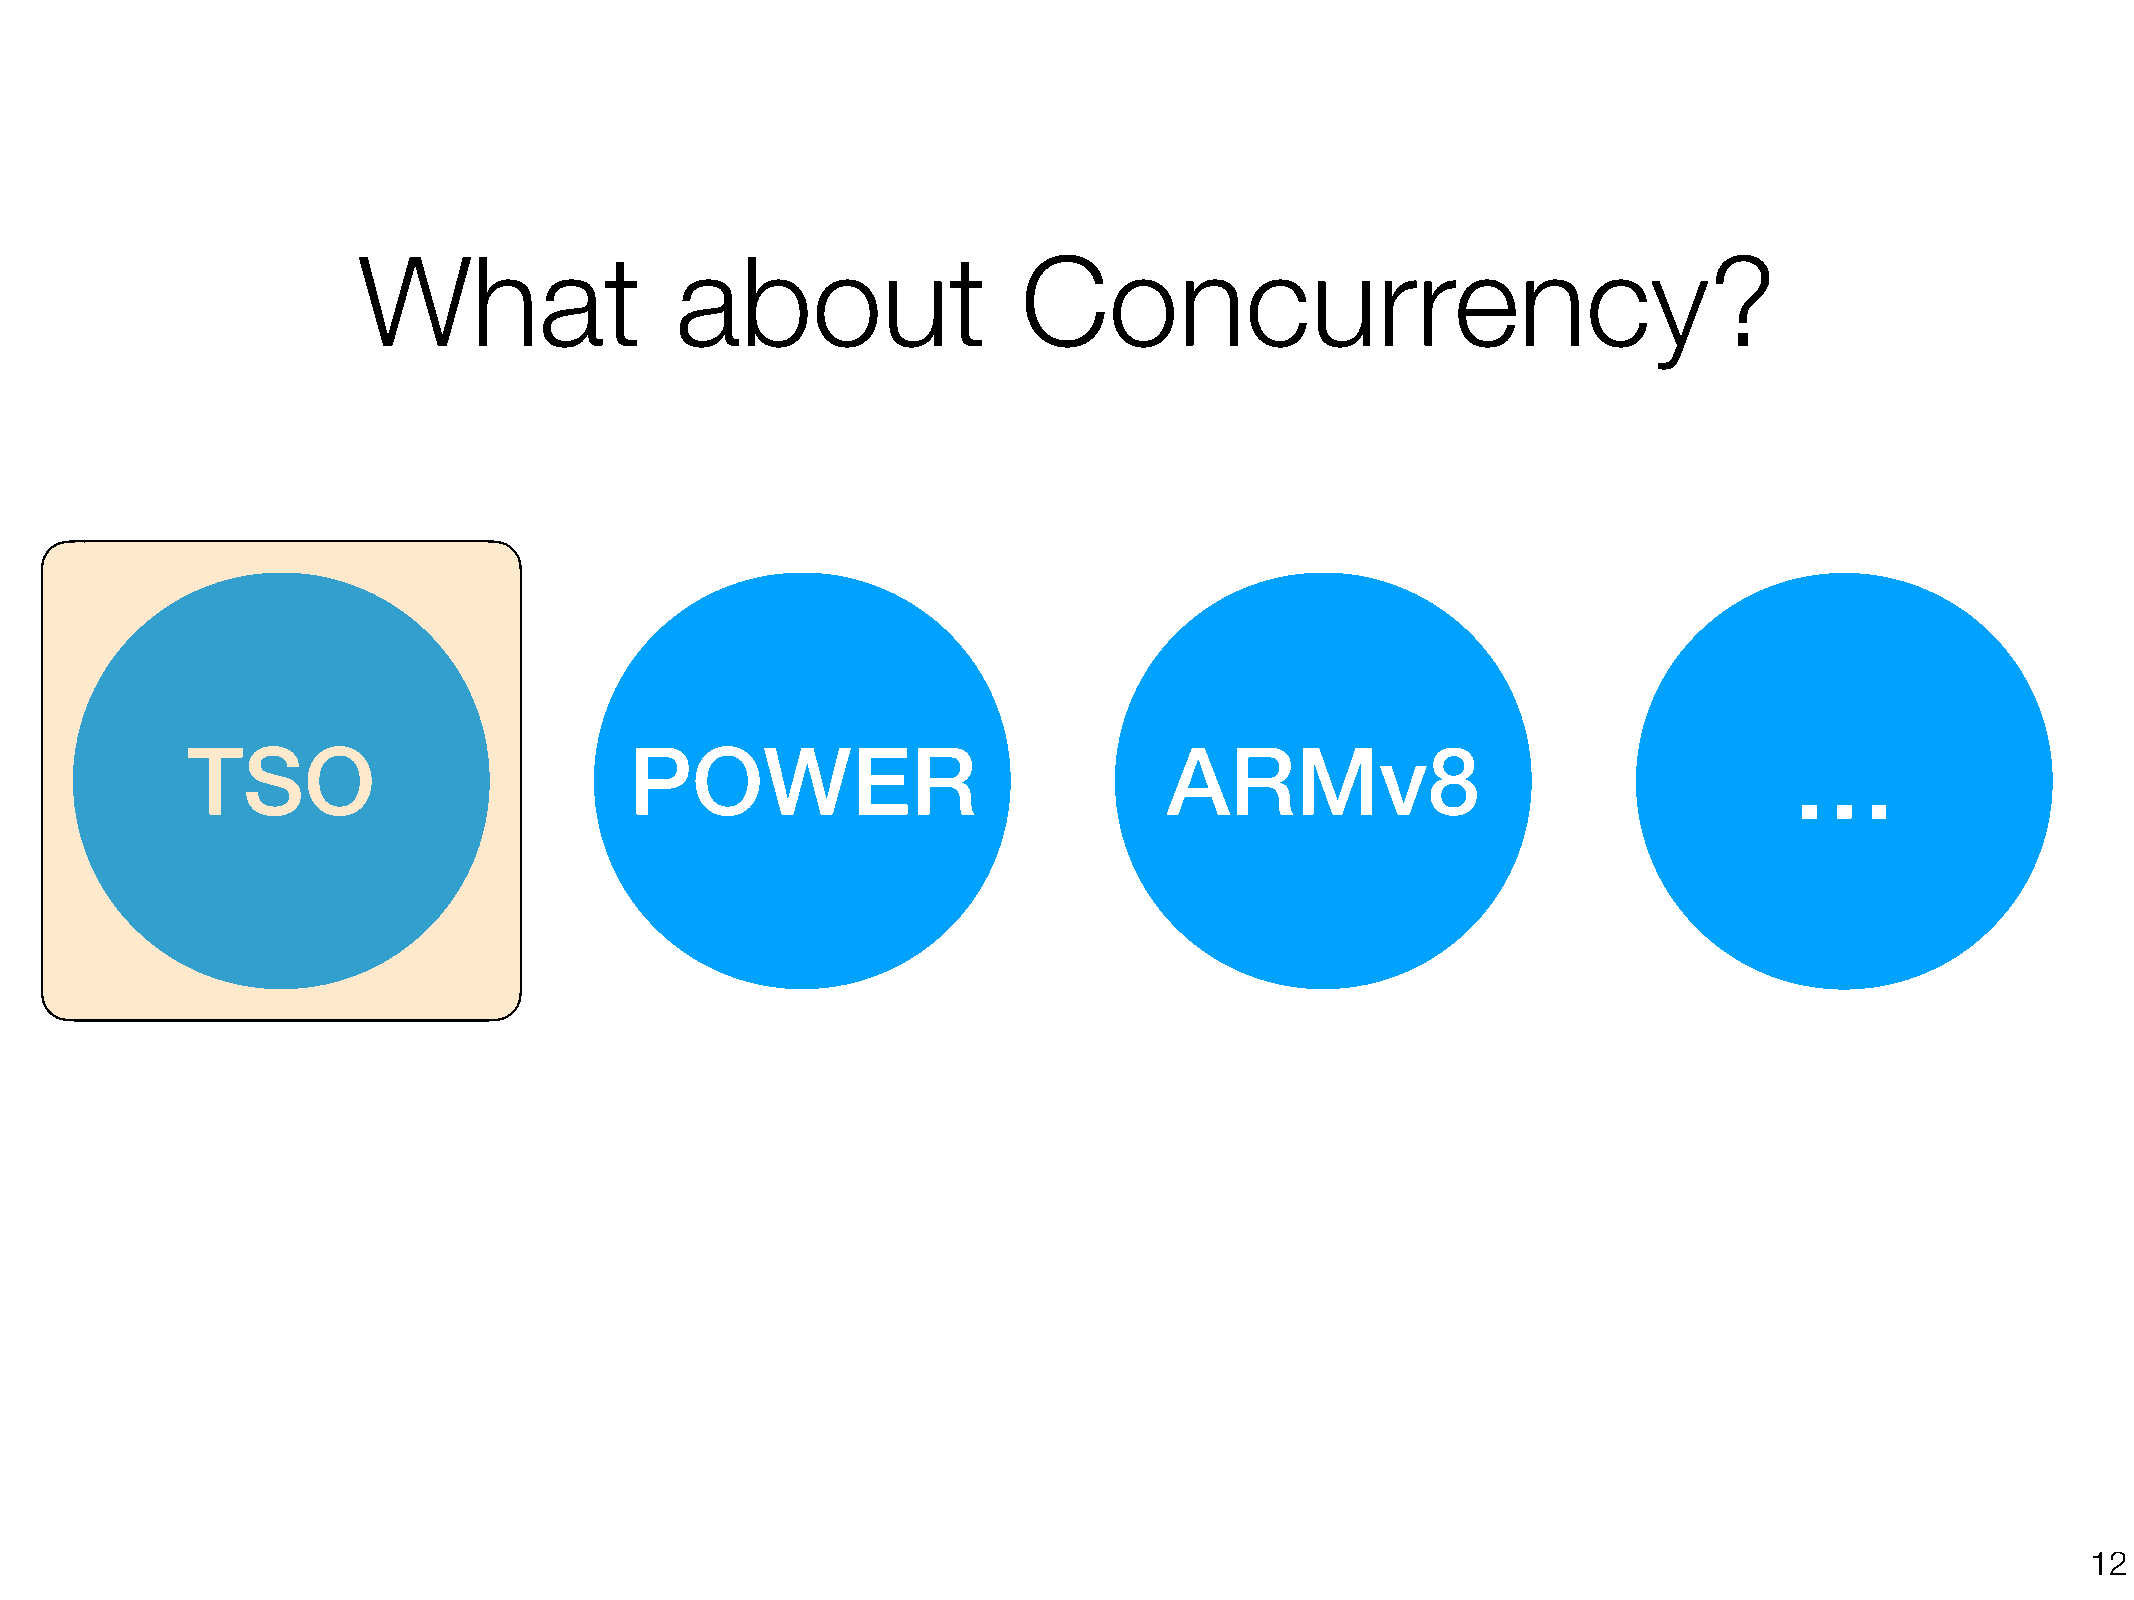
What                 about                  Concurrency?
 TSO                           POWER                              ARMv8                                     …
 !12